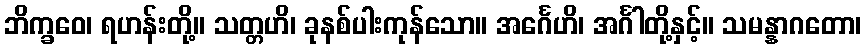
ဘိက္ခဝေ၊ ရဟန်းတို့။ သတ္တဟိ၊ ခုနစ်ပါးကုန်သော။ အင်္ဂေဟိ၊ အင်္ဂါတို့နှင့်။ သမန္နာဂတော၊